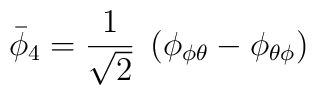
\bar\phi_4 = {1 \over \sqrt 2}\; \left(\phi_{\phi\theta} -\phi_{\theta\phi}\right)